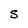
Character: S